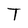
Character: T